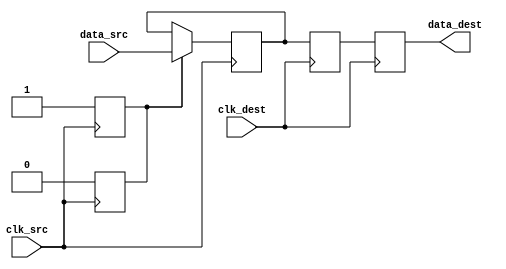
module pulsed_synchronizer #(
    parameter WIDTH = 1 // Width of the data signal
)(
    input wire clk_src,        // Clock signal from the source domain
    input wire clk_dest,       // Clock signal from the destination domain
    input wire [WIDTH-1:0] data_src, // Data signal from the source domain
    output reg [WIDTH-1:0] data_dest // Synchronized data signal
);

    // Internal signals
    reg [WIDTH-1:0] sync_ff1; // First flip-flop output (in source clock domain)
    reg [WIDTH-1:0] sync_ff2; // Second flip-flop output (in destination clock domain)
    reg pulse;                // Pulse signal for synchronization

    // Pulse generator logic
    always @(posedge clk_src) begin
        pulse <= 1'b1; // Generate pulse on the rising edge of clk_src
    end

    always @(negedge clk_src) begin
        pulse <= 1'b0; // End pulse on the falling edge of clk_src
    end

    // First flip-flop: capture data from source clock domain
    always @(posedge clk_src) begin
        if (pulse) begin
            sync_ff1 <= data_src; // Capture the data on pulse
        end
    end

    // Second flip-flop: transfer data to destination clock domain
    always @(posedge clk_dest) begin
        sync_ff2 <= sync_ff1; // Capture the data from sync_ff1
    end

    // Output data
    always @(posedge clk_dest) begin
        data_dest <= sync_ff2; // Output the synchronized data
    end

endmodule